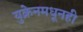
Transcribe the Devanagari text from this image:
युक्रेनमधूनही